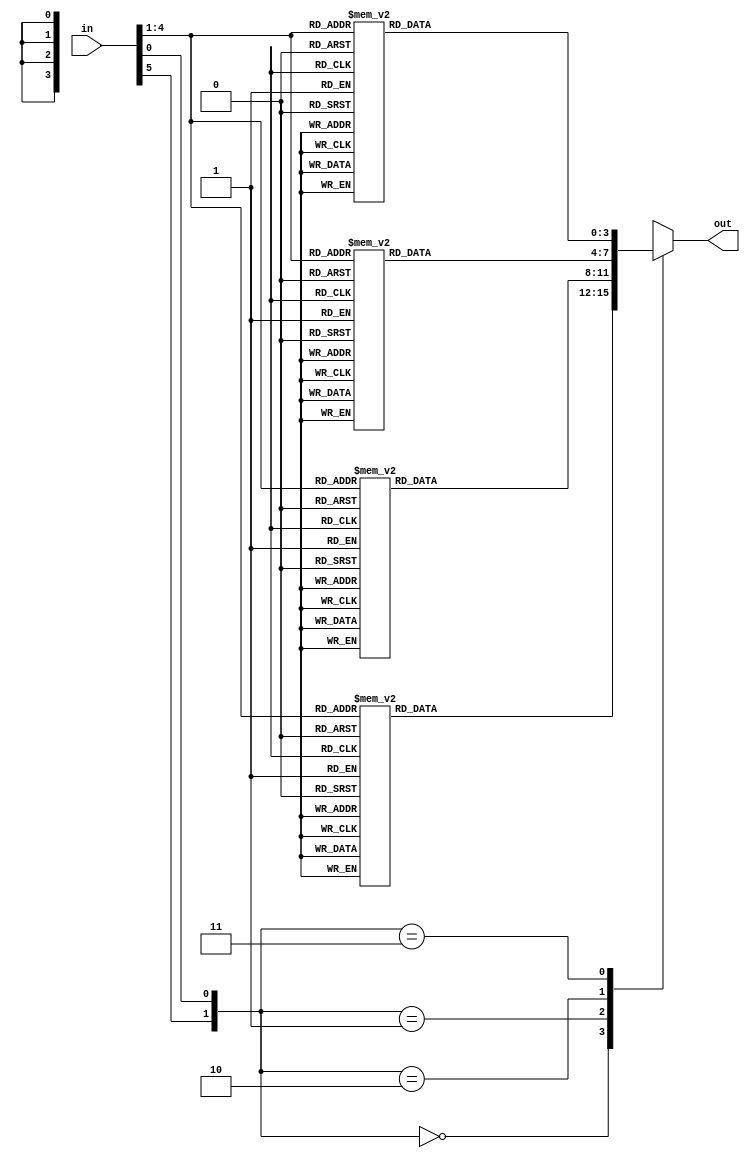
module SBox3 (
    input [5:0] in,
    output [3:0] out
);
    wire [1:0] row;
    wire [3:0] col;
    assign row = {in[5], in[0]};
    assign col = in[4:1];
    reg [3:0] out_tmp;
    assign out = out_tmp;

    always @* begin
        case (row)
            2'b00: case (col)
                4'd0: out_tmp = 4'd10;
                4'd1: out_tmp = 4'd0;
                4'd2: out_tmp = 4'd9;
                4'd3: out_tmp = 4'd14;
                4'd4: out_tmp = 4'd6;
                4'd5: out_tmp = 4'd3;
                4'd6: out_tmp = 4'd15;
                4'd7: out_tmp = 4'd5;
                4'd8: out_tmp = 4'd1;
                4'd9: out_tmp = 4'd13;
                4'd10: out_tmp = 4'd12;
                4'd11: out_tmp = 4'd7;
                4'd12: out_tmp = 4'd11;
                4'd13: out_tmp = 4'd4;
                4'd14: out_tmp = 4'd2;
                4'd15: out_tmp = 4'd8;
            endcase
            2'b01: case (col)
                4'd0: out_tmp = 4'd13;
                4'd1: out_tmp = 4'd7;
                4'd2: out_tmp = 4'd0;
                4'd3: out_tmp = 4'd9;
                4'd4: out_tmp = 4'd3;
                4'd5: out_tmp = 4'd4;
                4'd6: out_tmp = 4'd6;
                4'd7: out_tmp = 4'd10;
                4'd8: out_tmp = 4'd2;
                4'd9: out_tmp = 4'd8;
                4'd10: out_tmp = 4'd5;
                4'd11: out_tmp = 4'd14;
                4'd12: out_tmp = 4'd12;
                4'd13: out_tmp = 4'd11;
                4'd14: out_tmp = 4'd15;
                4'd15: out_tmp = 4'd1;
            endcase
            2'b10: case (col)
                4'd0: out_tmp = 4'd13;
                4'd1: out_tmp = 4'd6;
                4'd2: out_tmp = 4'd4;
                4'd3: out_tmp = 4'd9;
                4'd4: out_tmp = 4'd8;
                4'd5: out_tmp = 4'd15;
                4'd6: out_tmp = 4'd3;
                4'd7: out_tmp = 4'd0;
                4'd8: out_tmp = 4'd11;
                4'd9: out_tmp = 4'd1;
                4'd10: out_tmp = 4'd2;
                4'd11: out_tmp = 4'd12;
                4'd12: out_tmp = 4'd5;
                4'd13: out_tmp = 4'd10;
                4'd14: out_tmp = 4'd14;
                4'd15: out_tmp = 4'd7;
            endcase
            2'b11: case (col)
                4'd0: out_tmp = 4'd1;
                4'd1: out_tmp = 4'd10;
                4'd2: out_tmp = 4'd13;
                4'd3: out_tmp = 4'd0;
                4'd4: out_tmp = 4'd6;
                4'd5: out_tmp = 4'd9;
                4'd6: out_tmp = 4'd8;
                4'd7: out_tmp = 4'd7;
                4'd8: out_tmp = 4'd4;
                4'd9: out_tmp = 4'd15;
                4'd10: out_tmp = 4'd14;
                4'd11: out_tmp = 4'd3;
                4'd12: out_tmp = 4'd11;
                4'd13: out_tmp = 4'd5;
                4'd14: out_tmp = 4'd2;
                4'd15: out_tmp = 4'd12;
            endcase
        endcase
    end
endmodule